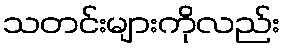
သတင်းများကိုလည်း